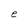
Character: e